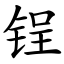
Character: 锃